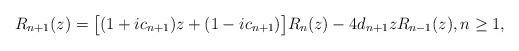
LaTeX: \begin{align*} R_{n+1}(z) = \big[(1+ic_{n+1})z+(1-ic_{n+1})\big] R_{n}(z) - 4 d_{n+1} z R_{n-1}(z), n \geq 1,\end{align*}